Scottish Certificate of Education, 1963
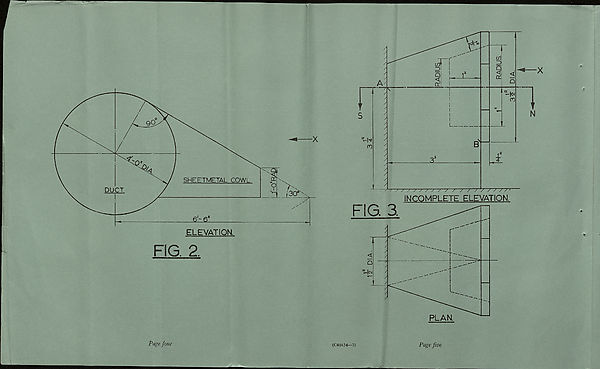
1
FIG. 2.
Page four
j-q-Mq
(C41634—2)
Page five